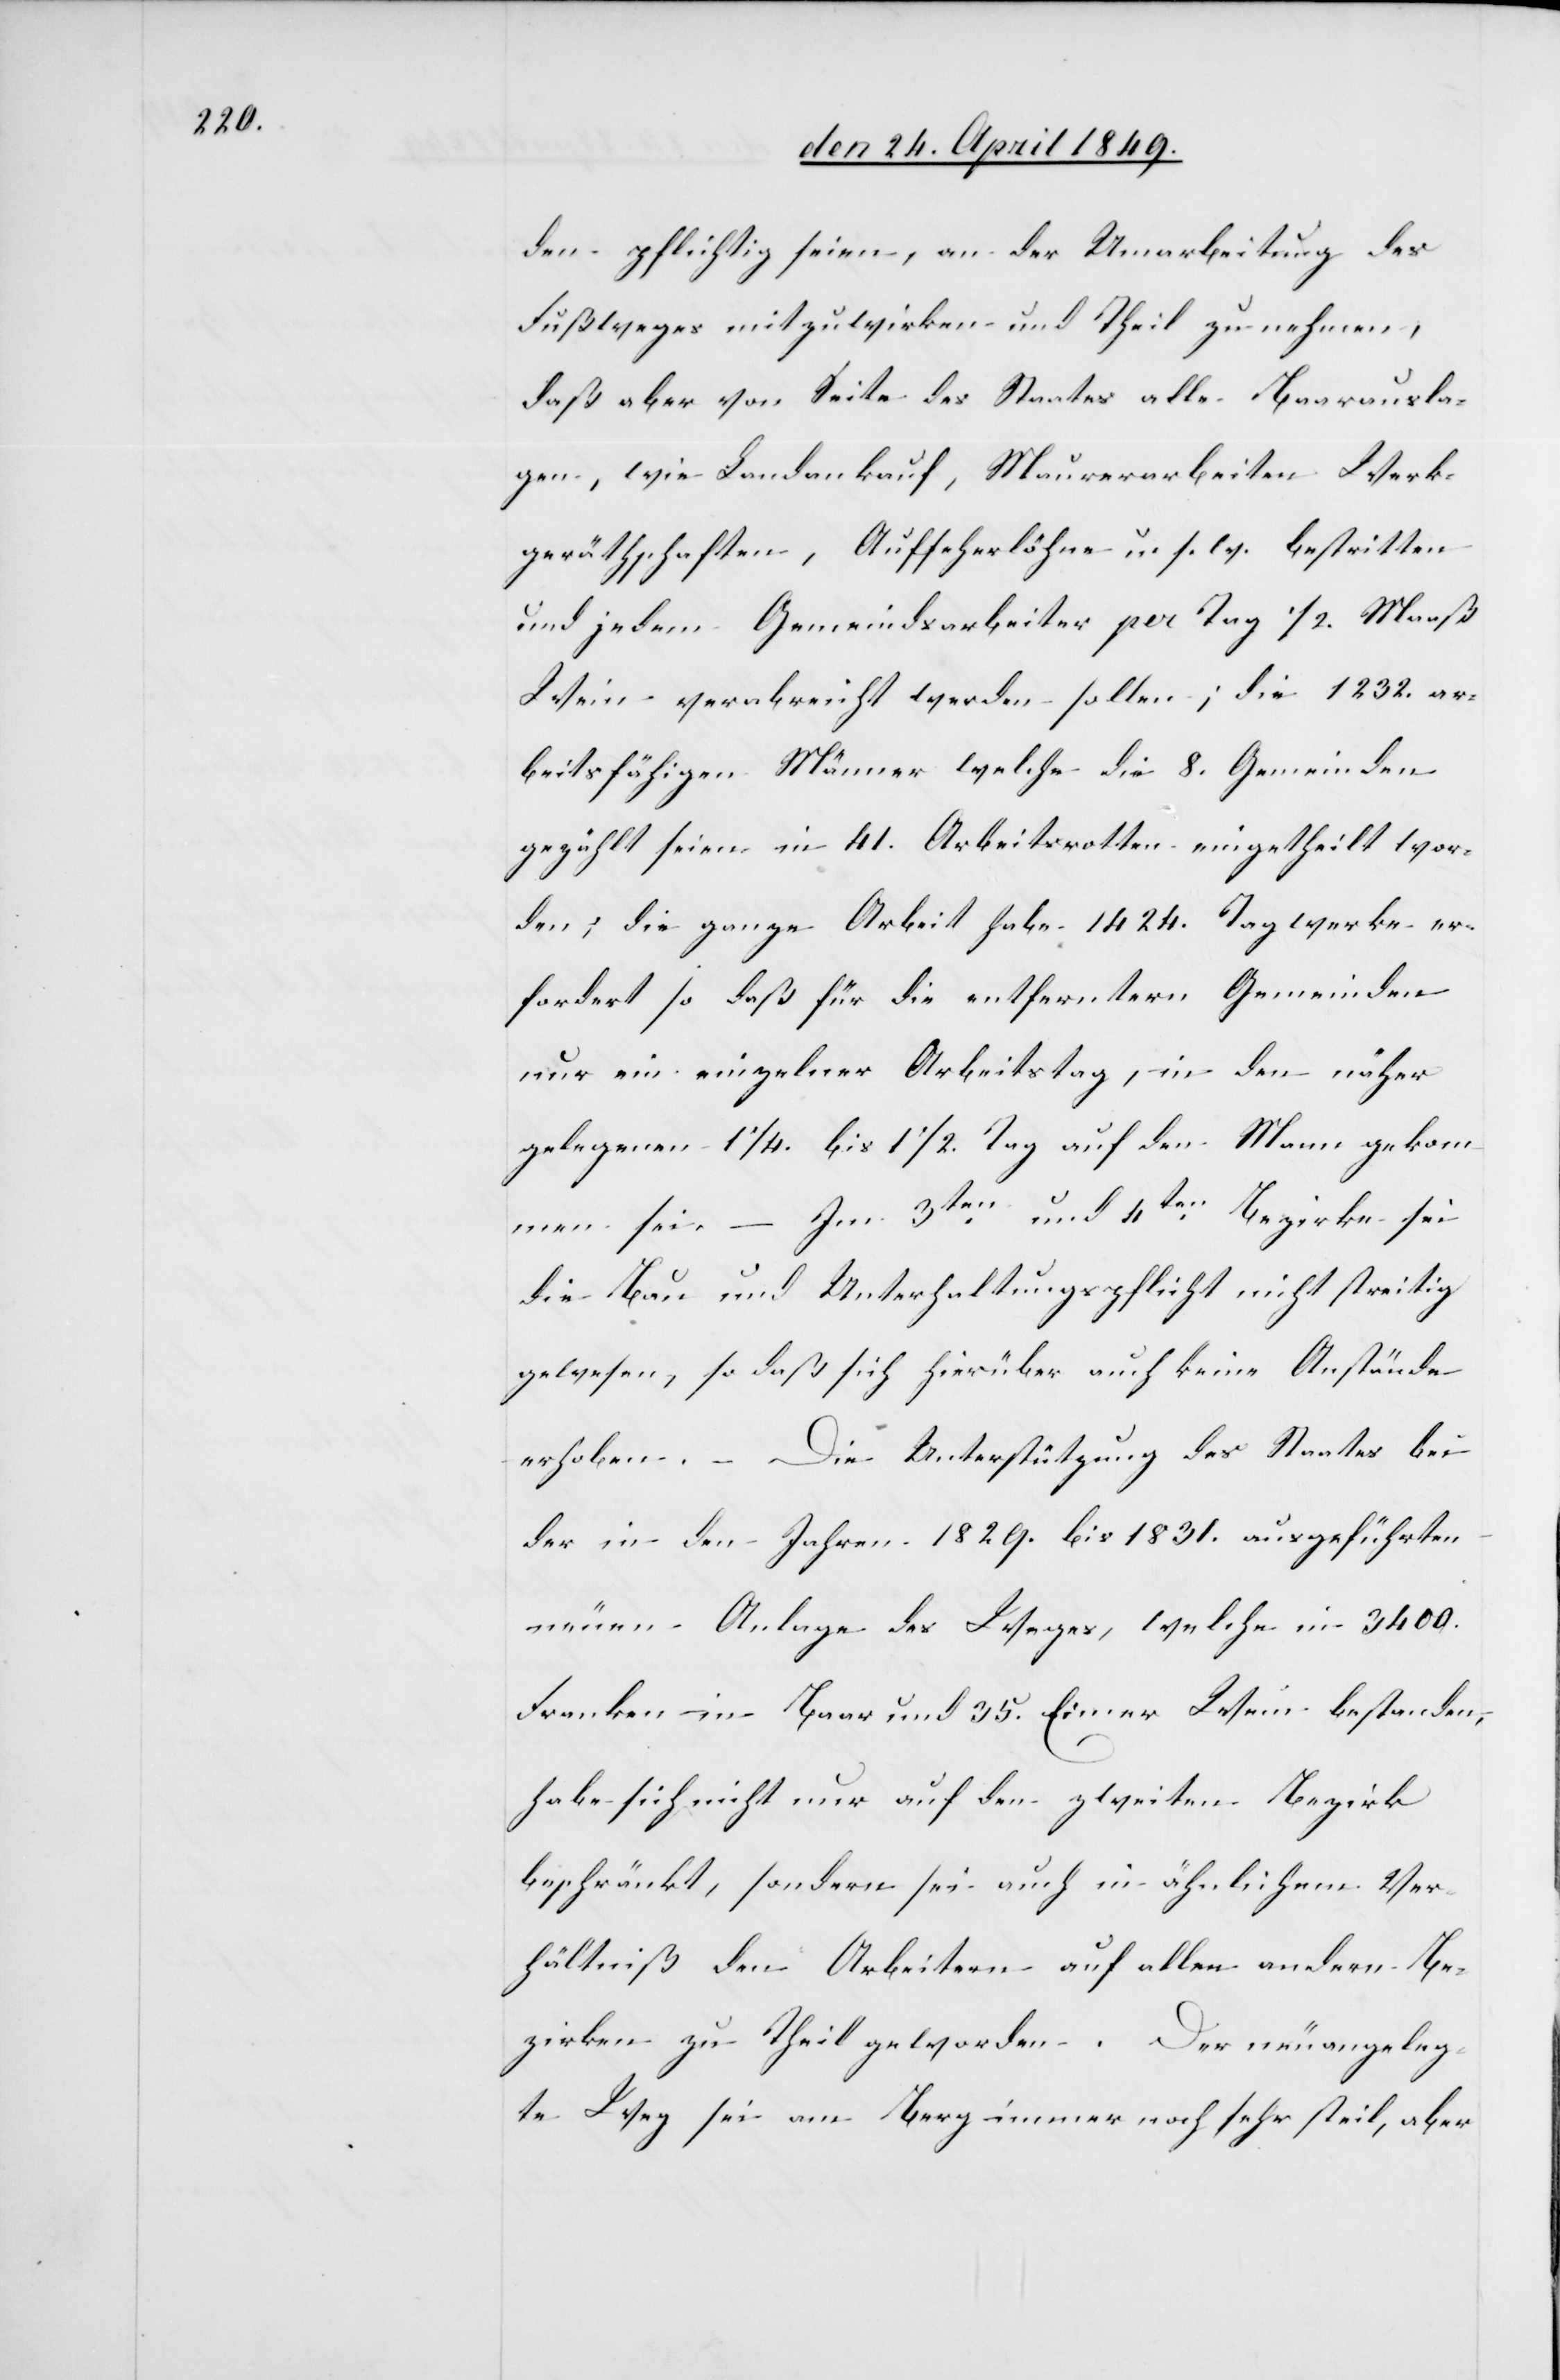
den pflichtig seien, an der Umarbeitung des
Fußweges mitzuwirken und Theil zu nehmen,
daß aber von Seite des Staates alle Baarausla¬
gen, wie Landankauf, Maurerarbeiten Werk¬
geräthschaften, Aufseherlöhne u. s. w. bestritten
und jedem Gemeindsarbeiter per Tag 1/2. Maaß
Wein verabreicht werden sollten; die 1232. ar¬
beitsfähigen Männer welche die 8. Gemeinden
gezählt seien in 41. Arbeitsrotten eingetheilt wor¬
den, die ganze Arbeit habe 1424. Tagwerke er¬
fordert so daß für die entferntern Gemeinden
nur ein einzelner Arbeitstag, in den näher
gelegenen 1 1/4. bis 1 1/2. Tag auf den Mann gekom¬
– Im 3ten und 4ten Bezirke sei
men sei.
die Bau[-] und Unterhaltungspflicht nicht streitig
gewesen, so daß sich hierüber auch keine Anstände
erhoben. – Die Unterstützung des Staates bei
der in den Jahren 1829. bis 1831. ausgeführten
neuen Anlage des Weges, welche in 3400.
Franken in Baar und 35. Eimer Wein bestanden,
habe sich nicht nur auf den zweiten Bezirk
beschränkt, sondern sei auch in ähnlichem Ver¬
hältniß den Arbeitern auf allen andern Be¬
zirken zu Theil geworden. Der neuangeleg¬
te Weg sei am Berg immer noch sehr steil, aber